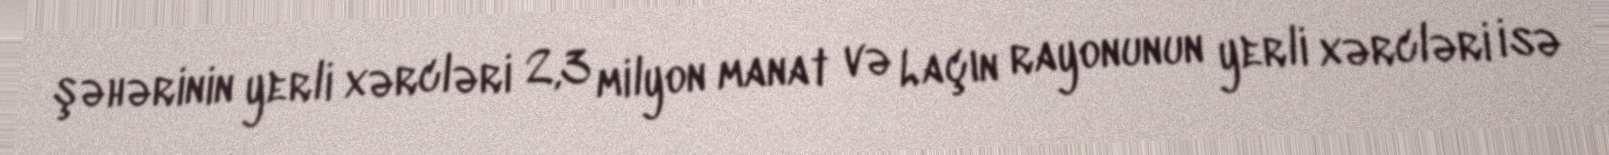
şəhərinin yerli xərcləri 2,3 milyon manat və Laçın rayonunun yerli xərcləri isə